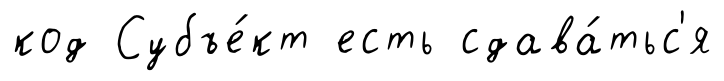
код Субъе́кт есть сдава́тьс'я